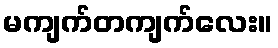
မကျက်တကျက်လေး။